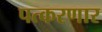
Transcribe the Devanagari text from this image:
पत्करणार